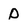
Character: p